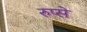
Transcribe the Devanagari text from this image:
रुप्से